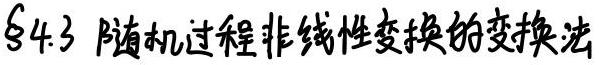
$\S 4.3$ 随机过程非线性变换的变换法